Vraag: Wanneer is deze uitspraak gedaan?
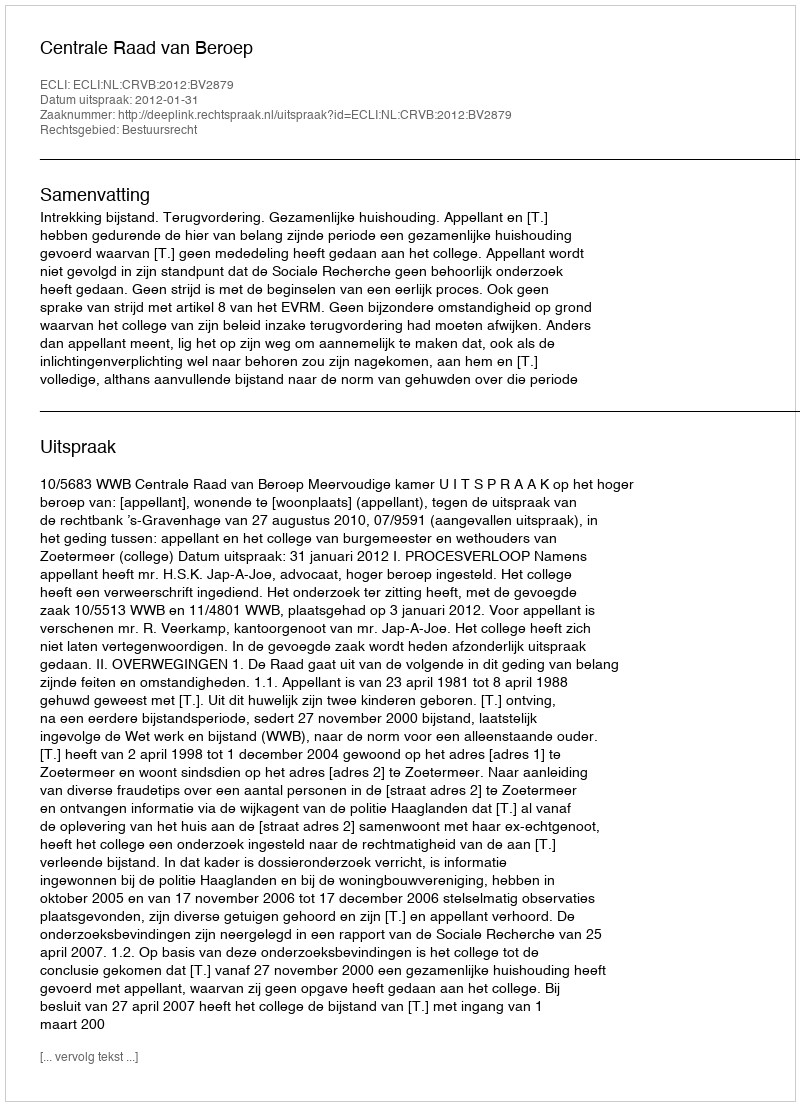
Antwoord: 2012-01-31